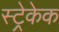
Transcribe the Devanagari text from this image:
स्ट्रेकेक